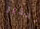
تحذير